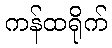
ကန်ထရိုက်